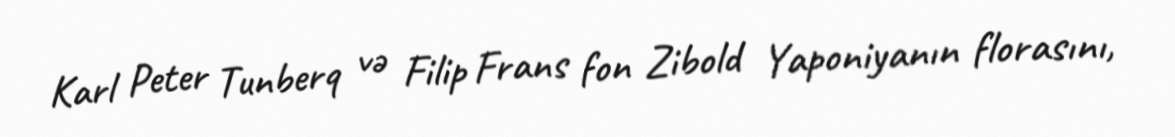
Karl Peter Tunberq və Filip Frans fon Zibold Yaponiyanın florasını,